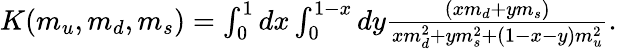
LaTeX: \begin{array}{r}{K(m_{u},m_{d},m_{s})=\int_{0}^{1}dx\int_{0}^{1-x}dy\frac{(xm_{d}+ym_{s})}{xm_{d}^{2}+ym_{s}^{2}+(1-x-y)m_{u}^{2}}.}\end{array}